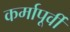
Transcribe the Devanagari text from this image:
कर्मापूर्वी